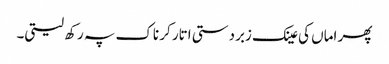
پھر اماں کی عینک زبردستی اتار کر ناک پہ رکھ لیتی۔